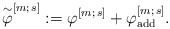
\begin{align*}\overset{\sim}{\varphi}^{[m;\,s]} := \varphi^{[m;\,s]}+\varphi^{[m;\,s]}_{\rm add}.\end{align*}